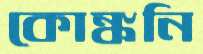
কোঙ্কনি